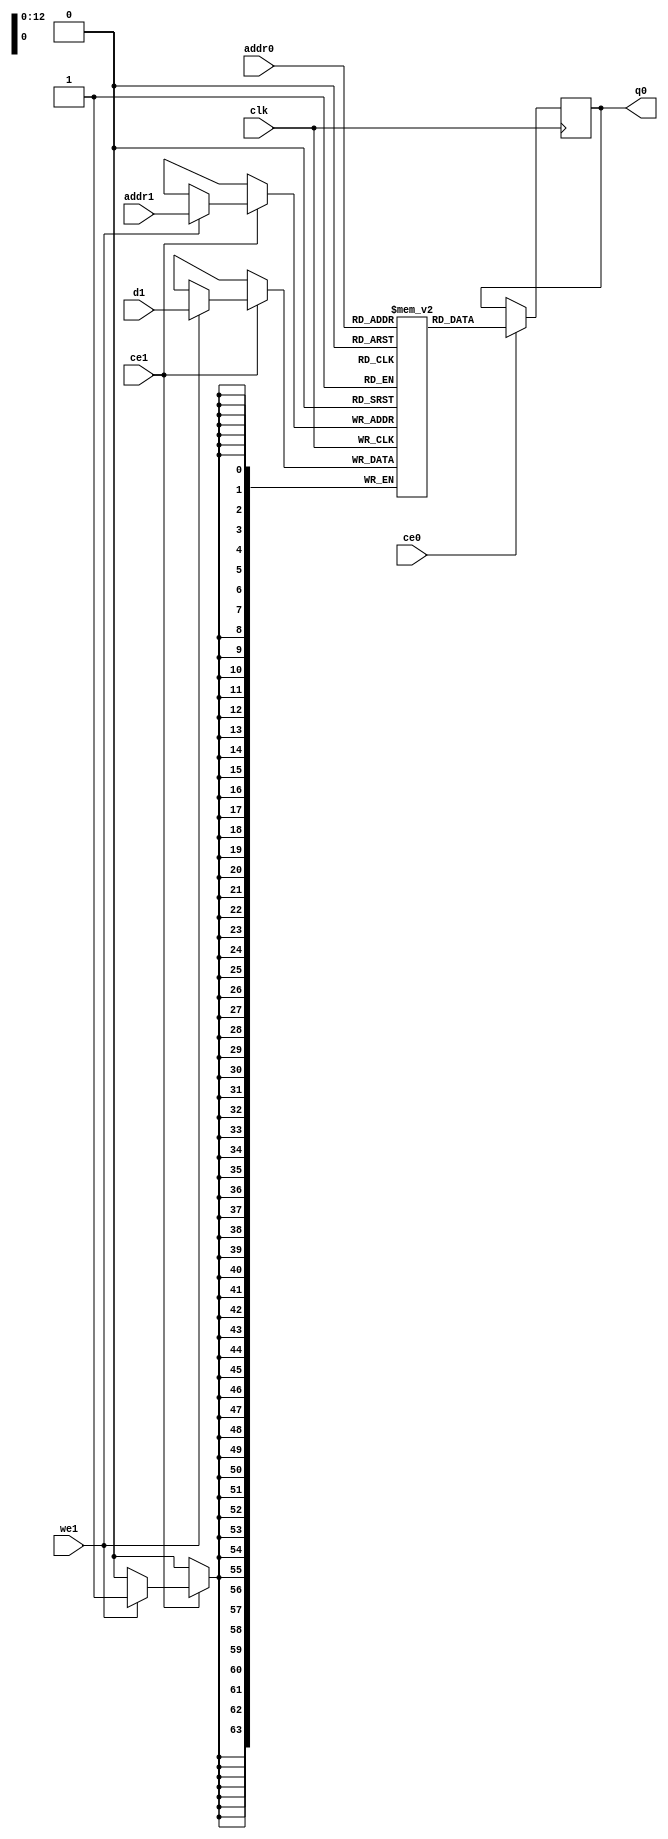
`define EXPONENT 5
`define MANTISSA 10
`define ACTUAL_MANTISSA 11
`define EXPONENT_LSB 10
`define EXPONENT_MSB 14
`define MANTISSA_LSB 0
`define MANTISSA_MSB 9
`define MANTISSA_MUL_SPLIT_LSB 3
`define MANTISSA_MUL_SPLIT_MSB 9
`define SIGN 1
`define SIGN_LOC 15
`define DWIDTH (`SIGN+`EXPONENT+`MANTISSA)
`define IEEE_COMPLIANCE 1

module td_fused_top_td_fused_tdf7_fmaps_memcore_ram (addr0, ce0, q0, addr1, ce1, d1, we1,  clk);

parameter DWIDTH = 64;
parameter AWIDTH = 13;
parameter MEM_SIZE = 6272;

input[AWIDTH-1:0] addr0;
input ce0;
output reg[DWIDTH-1:0] q0;
input[AWIDTH-1:0] addr1;
input ce1;
input[DWIDTH-1:0] d1;
input we1;
input clk;

 reg [DWIDTH-1:0] ram[MEM_SIZE-1:0];




always @(posedge clk)  
begin 
    if (ce0) begin
        q0 <= ram[addr0];
    end
end


always @(posedge clk)  
begin 
    if (ce1) begin
        if (we1) 
            ram[addr1] <= d1; 
    end
end


endmodule